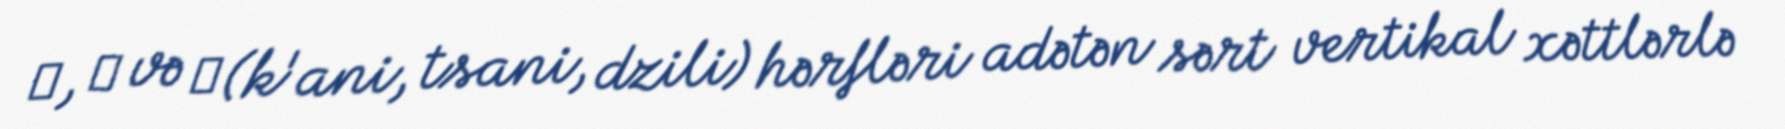
კ, ც və ძ (k'ani, tsani, dzili) hərfləri adətən sərt vertikal xəttlərlə